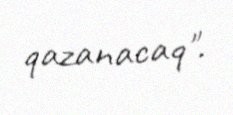
qazanacaq".